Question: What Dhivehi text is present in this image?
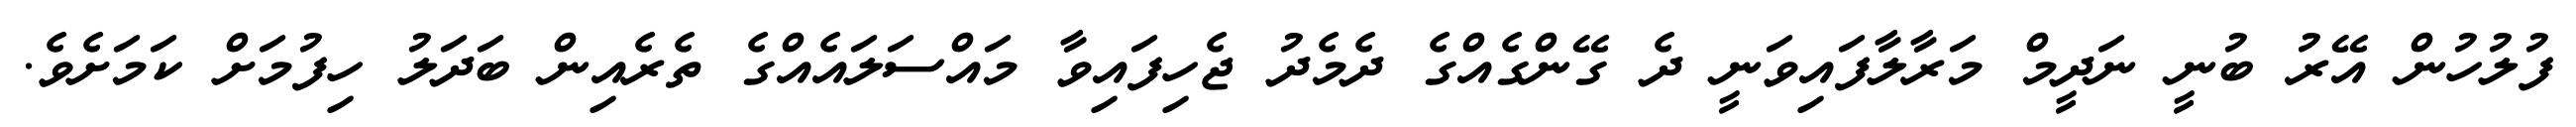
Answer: ފުލުހުން އޭރު ބުނީ ނަދީމް މަރާލާފައިވަނީ ދެ ގޭންގެއްގެ ދެމެދު ޖެހިފައިވާ މައްސަލައެއްގެ ތެރެއިން ބަދަލު ހިފުމަށް ކަމަށެވެ.